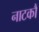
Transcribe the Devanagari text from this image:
नाटकौं